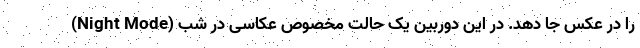
را در عکس جا دهد. در این دوربین یک حالت مخصوص عکاسی در شب (Night Mode)